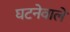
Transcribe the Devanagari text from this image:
घटनेवाले